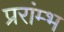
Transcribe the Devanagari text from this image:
प्ररांम्भ